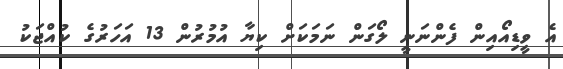
އެ ވީޑިއޯއިން ފެންނަނީ ލޯގަން ނަމަކަށް ކިޔާ އުމުރުން 13 އަހަރުގެ ކުއްޖަކު